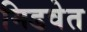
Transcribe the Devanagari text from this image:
मिडवेत